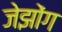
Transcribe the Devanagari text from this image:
जेझोंग